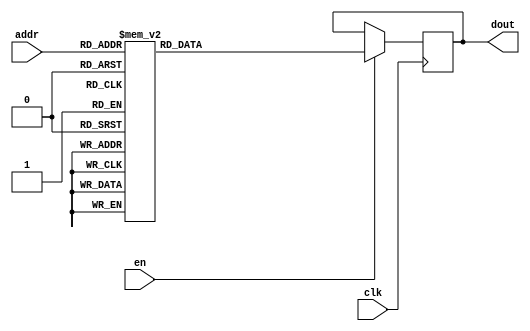
`timescale 1ns / 1ps
/*
Copyright
All right reserved.
Module Name: rom_syn
Author  : Zichuan Liu, Yixing Li and Wenye Liu.
Description:
A synthesized ROM: ROM_DEP x ROM_WID
*/
module EC_4_REF_SOFT_ROM_0(
// inputs
clk,
en,
addr,
// outputs
dout
);
localparam ROM_WID = 14;
localparam ROM_DEP = 256;
localparam ROM_ADDR = 8;
// input definition
input clk;
input en;
input [ROM_ADDR-1:0] addr;
// output definition
output [ROM_WID-1:0] dout;
reg [ROM_WID-1:0] data;
always @(posedge clk)
begin
if (en) begin
case(addr)
		8'd0: data <= 14'b01001101000100;
		8'd1: data <= 14'b01001100001101;
		8'd2: data <= 14'b01001100000100;
		8'd3: data <= 14'b01001011011011;
		8'd4: data <= 14'b01001010011001;
		8'd5: data <= 14'b01010011100010;
		8'd6: data <= 14'b00001000000000;
		8'd7: data <= 14'b01001100101110;
		8'd8: data <= 14'b01001011000001;
		8'd9: data <= 14'b01001100011101;
		8'd10: data <= 14'b01001010101110;
		8'd11: data <= 14'b01001001001100;
		8'd12: data <= 14'b01001011000100;
		8'd13: data <= 14'b01001011000111;
		8'd14: data <= 14'b01001011110010;
		8'd15: data <= 14'b01001010010111;
		8'd16: data <= 14'b01001010101001;
		8'd17: data <= 14'b01001010111001;
		8'd18: data <= 14'b01100011011011;
		8'd19: data <= 14'b01001011110101;
		8'd20: data <= 14'b01001010111100;
		8'd21: data <= 14'b01001011000101;
		8'd22: data <= 14'b01001010010111;
		8'd23: data <= 14'b01001011100010;
		8'd24: data <= 14'b01001010111100;
		8'd25: data <= 14'b01001001001000;
		8'd26: data <= 14'b01001011101011;
		8'd27: data <= 14'b01001001100110;
		8'd28: data <= 14'b01001011010110;
		8'd29: data <= 14'b01001011110101;
		8'd30: data <= 14'b01001001001001;
		8'd31: data <= 14'b01001011111010;
		8'd32: data <= 14'b01001010111010;
		8'd33: data <= 14'b01001100110101;
		8'd34: data <= 14'b01001100000001;
		8'd35: data <= 14'b01001011110101;
		8'd36: data <= 14'b01001010010110;
		8'd37: data <= 14'b01001011011010;
		8'd38: data <= 14'b01001010100010;
		8'd39: data <= 14'b01001011110000;
		8'd40: data <= 14'b01001011011101;
		8'd41: data <= 14'b01001100001001;
		8'd42: data <= 14'b01001011011000;
		8'd43: data <= 14'b01001011111010;
		8'd44: data <= 14'b01001011011111;
		8'd45: data <= 14'b01001101010110;
		8'd46: data <= 14'b01001010111011;
		8'd47: data <= 14'b01001011100110;
		8'd48: data <= 14'b01001011001011;
		8'd49: data <= 14'b01001001111100;
		8'd50: data <= 14'b01001010010011;
		8'd51: data <= 14'b01001011011011;
		8'd52: data <= 14'b01011010101010;
		8'd53: data <= 14'b01001011011100;
		8'd54: data <= 14'b01001011000100;
		8'd55: data <= 14'b01001011001100;
		8'd56: data <= 14'b01001100010101;
		8'd57: data <= 14'b01001010111011;
		8'd58: data <= 14'b01001011010001;
		8'd59: data <= 14'b01001011000101;
		8'd60: data <= 14'b01001001011010;
		8'd61: data <= 14'b01001010101011;
		8'd62: data <= 14'b01001100101101;
		8'd63: data <= 14'b01010010101001;
		8'd64: data <= 14'b01001011100101;
		8'd65: data <= 14'b01001011110101;
		8'd66: data <= 14'b01001100011011;
		8'd67: data <= 14'b01001010111100;
		8'd68: data <= 14'b01001011101111;
		8'd69: data <= 14'b01001101000001;
		8'd70: data <= 14'b01001100100011;
		8'd71: data <= 14'b01001100010010;
		8'd72: data <= 14'b01001010101001;
		8'd73: data <= 14'b01001010111101;
		8'd74: data <= 14'b01001011110100;
		8'd75: data <= 14'b01001011000010;
		8'd76: data <= 14'b01001010001010;
		8'd77: data <= 14'b01001010011001;
		8'd78: data <= 14'b01001011010010;
		8'd79: data <= 14'b01001001000001;
		8'd80: data <= 14'b01001010000100;
		8'd81: data <= 14'b01001000101000;
		8'd82: data <= 14'b01001011000111;
		8'd83: data <= 14'b01001010111010;
		8'd84: data <= 14'b01010111101110;
		8'd85: data <= 14'b01001010100011;
		8'd86: data <= 14'b01001011100000;
		8'd87: data <= 14'b01001011111001;
		8'd88: data <= 14'b01001001100011;
		8'd89: data <= 14'b01001010111100;
		8'd90: data <= 14'b01001100100100;
		8'd91: data <= 14'b01001001101101;
		8'd92: data <= 14'b01001010101011;
		8'd93: data <= 14'b01001000100110;
		8'd94: data <= 14'b01001010111101;
		8'd95: data <= 14'b01001001111000;
		8'd96: data <= 14'b01001011011101;
		8'd97: data <= 14'b01001011100111;
		8'd98: data <= 14'b01001010010100;
		8'd99: data <= 14'b01001100100010;
		8'd100: data <= 14'b01001100000101;
		8'd101: data <= 14'b01001001100111;
		8'd102: data <= 14'b01001100111101;
		8'd103: data <= 14'b01001011001010;
		8'd104: data <= 14'b01001010101010;
		8'd105: data <= 14'b01001000111001;
		8'd106: data <= 14'b01001011000000;
		8'd107: data <= 14'b01001010001011;
		8'd108: data <= 14'b01001010011001;
		8'd109: data <= 14'b01001101011010;
		8'd110: data <= 14'b01001011001010;
		8'd111: data <= 14'b01010101011010;
		8'd112: data <= 14'b01001001100111;
		8'd113: data <= 14'b01001100101111;
		8'd114: data <= 14'b01001100110101;
		8'd115: data <= 14'b01001010100111;
		8'd116: data <= 14'b01001001100111;
		8'd117: data <= 14'b01001100010000;
		8'd118: data <= 14'b01001001011000;
		8'd119: data <= 14'b01001011110011;
		8'd120: data <= 14'b01001000110011;
		8'd121: data <= 14'b01001100101100;
		8'd122: data <= 14'b01001010101111;
		8'd123: data <= 14'b01001011110001;
		8'd124: data <= 14'b01001011001011;
		8'd125: data <= 14'b01001100001110;
		8'd126: data <= 14'b01001010110111;
		8'd127: data <= 14'b01001010101100;
		8'd128: data <= 14'b01001011001011;
		8'd129: data <= 14'b01001001100111;
		8'd130: data <= 14'b01001101011111;
		8'd131: data <= 14'b01001011111110;
		8'd132: data <= 14'b01001011011010;
		8'd133: data <= 14'b01001011001110;
		8'd134: data <= 14'b01001001101100;
		8'd135: data <= 14'b01001101100000;
		8'd136: data <= 14'b01100011001101;
		8'd137: data <= 14'b01001010101110;
		8'd138: data <= 14'b01001011011010;
		8'd139: data <= 14'b01001011000100;
		8'd140: data <= 14'b01001010001010;
		8'd141: data <= 14'b01001011101111;
		8'd142: data <= 14'b01001100100110;
		8'd143: data <= 14'b01001010101000;
		8'd144: data <= 14'b01001010011111;
		8'd145: data <= 14'b01000111100100;
		8'd146: data <= 14'b01001010110110;
		8'd147: data <= 14'b01001011001000;
		8'd148: data <= 14'b01001011010010;
		8'd149: data <= 14'b01001001011101;
		8'd150: data <= 14'b01001001100000;
		8'd151: data <= 14'b01001011101011;
		8'd152: data <= 14'b01001010100001;
		8'd153: data <= 14'b01001010111000;
		8'd154: data <= 14'b01001011100001;
		8'd155: data <= 14'b01001001111001;
		8'd156: data <= 14'b01001010111010;
		8'd157: data <= 14'b01001011101001;
		8'd158: data <= 14'b01001011100010;
		8'd159: data <= 14'b01001010001111;
		8'd160: data <= 14'b01001100110101;
		8'd161: data <= 14'b01001011011011;
		8'd162: data <= 14'b01001100001011;
		8'd163: data <= 14'b01001010110001;
		8'd164: data <= 14'b01001000110011;
		8'd165: data <= 14'b01001010110100;
		8'd166: data <= 14'b01001011100000;
		8'd167: data <= 14'b01001010011000;
		8'd168: data <= 14'b01001100011000;
		8'd169: data <= 14'b01001010110011;
		8'd170: data <= 14'b01001100000010;
		8'd171: data <= 14'b01001010100001;
		8'd172: data <= 14'b01001010000000;
		8'd173: data <= 14'b01001100101011;
		8'd174: data <= 14'b01011001101001;
		8'd175: data <= 14'b01001010000000;
		8'd176: data <= 14'b01001011010010;
		8'd177: data <= 14'b01001010011101;
		8'd178: data <= 14'b01001011110000;
		8'd179: data <= 14'b01011000101101;
		8'd180: data <= 14'b01001001001100;
		8'd181: data <= 14'b01001001101010;
		8'd182: data <= 14'b01001100100010;
		8'd183: data <= 14'b01001000001011;
		8'd184: data <= 14'b01001101001000;
		8'd185: data <= 14'b01001011111010;
		8'd186: data <= 14'b01001011111111;
		8'd187: data <= 14'b01001001101010;
		8'd188: data <= 14'b01001100001000;
		8'd189: data <= 14'b01001011101010;
		8'd190: data <= 14'b01001011010011;
		8'd191: data <= 14'b01001001001000;
		8'd192: data <= 14'b01001001010001;
		8'd193: data <= 14'b01001100000011;
		8'd194: data <= 14'b01001010010111;
		8'd195: data <= 14'b01001011001110;
		8'd196: data <= 14'b01001010101010;
		8'd197: data <= 14'b01001100100110;
		8'd198: data <= 14'b01001010000111;
		8'd199: data <= 14'b01001010011000;
		8'd200: data <= 14'b01001001101101;
		8'd201: data <= 14'b01001010101101;
		8'd202: data <= 14'b01001010100011;
		8'd203: data <= 14'b01001100100110;
		8'd204: data <= 14'b01001000110111;
		8'd205: data <= 14'b01001011010000;
		8'd206: data <= 14'b01001010100001;
		8'd207: data <= 14'b01001010010111;
		8'd208: data <= 14'b01001011111110;
		8'd209: data <= 14'b01001010011010;
		8'd210: data <= 14'b01001011000100;
		8'd211: data <= 14'b01001010011111;
		8'd212: data <= 14'b01001011010111;
		8'd213: data <= 14'b01001100010100;
		8'd214: data <= 14'b01001010000111;
		8'd215: data <= 14'b01001011111010;
		8'd216: data <= 14'b01001010000011;
		8'd217: data <= 14'b01001011010010;
		8'd218: data <= 14'b01001011111110;
		8'd219: data <= 14'b01001101001000;
		8'd220: data <= 14'b01001001010000;
		8'd221: data <= 14'b01001010111101;
		8'd222: data <= 14'b01001011010011;
		8'd223: data <= 14'b01001011100100;
		8'd224: data <= 14'b01001001100111;
		8'd225: data <= 14'b01001010010100;
		8'd226: data <= 14'b01001101010001;
		8'd227: data <= 14'b01001000011000;
		8'd228: data <= 14'b01001001111110;
		8'd229: data <= 14'b01001010111000;
		8'd230: data <= 14'b01001100111101;
		8'd231: data <= 14'b01100000001100;
		8'd232: data <= 14'b01001011001010;
		8'd233: data <= 14'b01001010001111;
		8'd234: data <= 14'b01001001101110;
		8'd235: data <= 14'b01001001110111;
		8'd236: data <= 14'b01001011110101;
		8'd237: data <= 14'b01001010010001;
		8'd238: data <= 14'b01001010100101;
		8'd239: data <= 14'b01001010110101;
		8'd240: data <= 14'b01001010001010;
		8'd241: data <= 14'b01001010101101;
		8'd242: data <= 14'b01001011101011;
		8'd243: data <= 14'b01001011000111;
		8'd244: data <= 14'b01001010001000;
		8'd245: data <= 14'b01001011101010;
		8'd246: data <= 14'b01010101011011;
		8'd247: data <= 14'b01001011101110;
		8'd248: data <= 14'b01001100100000;
		8'd249: data <= 14'b01001100011100;
		8'd250: data <= 14'b01001101010011;
		8'd251: data <= 14'b01001100010011;
		8'd252: data <= 14'b01001101010101;
		8'd253: data <= 14'b01001010011100;
		8'd254: data <= 14'b01001001110100;
		8'd255: data <= 14'b01001010001111;
		endcase
		end
	end
	assign dout = data;
endmodule